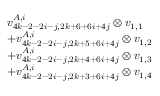
\begin{array} { r l } & { v _ { 4 k - 2 - 2 i - j , 2 k + 6 + 6 i + 4 j } ^ { A , i } \otimes v _ { 1 , 1 } } \\ & { + v _ { 4 k - 2 - 2 i - j , 2 k + 5 + 6 i + 4 j } ^ { A , i } \otimes v _ { 1 , 2 } } \\ & { + v _ { 4 k - 2 - 2 i - j , 2 k + 4 + 6 i + 4 j } ^ { A , i } \otimes v _ { 1 , 3 } } \\ & { + v _ { 4 k - 2 - 2 i - j , 2 k + 3 + 6 i + 4 j } ^ { A , i } \otimes v _ { 1 , 4 } } \end{array}